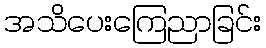
အသိပေးကြေညာခြင်း